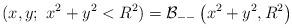
LaTeX: \begin{align*}(x,y;\ x^{2}+y^{2}<R^{2})=\mathcal{B}_{--}\left(x^{2}+y^{2}, R^{2} \right) \end{align*}